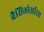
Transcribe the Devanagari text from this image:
बैसिलोसॉरस